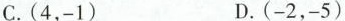
C.(4，-1) D.(-2，-5)